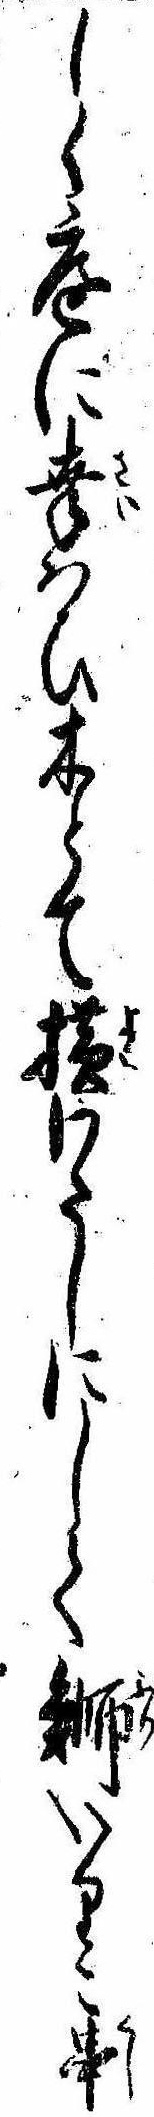
しく庭に幸はひ木とて横わたしにして鰤いりこ串